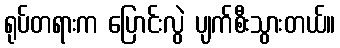
ရုပ်တရားက ပြောင်းလွဲ ပျက်စီးသွားတယ်။